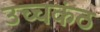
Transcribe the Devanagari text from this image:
उच्चकंठ